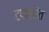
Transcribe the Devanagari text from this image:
टपालांत